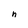
Character: n